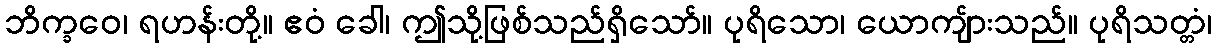
ဘိက္ခဝေ၊ ရဟန်းတို့။ ဧဝံ ခေါ၊ ဤသို့ဖြစ်သည်ရှိသော်။ ပုရိသော၊ ယောကျ်ားသည်။ ပုရိသတ္တံ၊